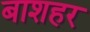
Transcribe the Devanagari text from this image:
बाशहर